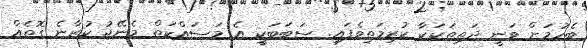
ބެހުމަށް ވަނީ ދަތިތަކަކާ ކުރިމަތިވެފައި. ސަބަބަކީ އެ މަސައްކަތް މެނޭޖު ކުރާނެ ގޮތެއް